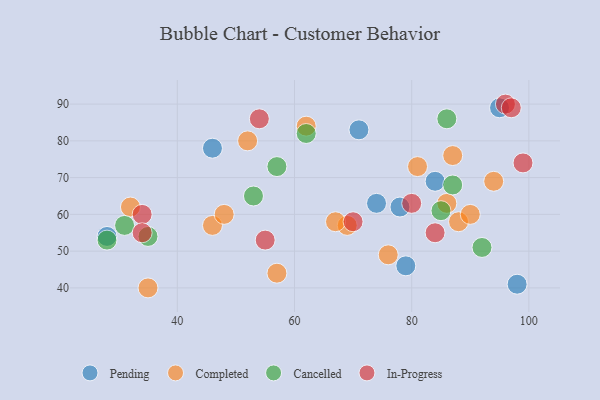
{"axis": {"x": "GDP", "y": "Life Expectancy"}, "legend": ["Cancelled", "Completed", "In-Progress", "Pending"], "data": [{"x": "28", "y": 54, "type": "Pending"}, {"x": "71", "y": 83, "type": "Pending"}, {"x": "74", "y": 63, "type": "Pending"}, {"x": "84", "y": 69, "type": "Pending"}, {"x": "78", "y": 62, "type": "Pending"}, {"x": "79", "y": 46, "type": "Pending"}, {"x": "98", "y": 41, "type": "Pending"}, {"x": "95", "y": 89, "type": "Pending"}, {"x": "46", "y": 78, "type": "Pending"}, {"x": "81", "y": 73, "type": "Completed"}, {"x": "32", "y": 62, "type": "Completed"}, {"x": "88", "y": 58, "type": "Completed"}, {"x": "87", "y": 76, "type": "Completed"}, {"x": "52", "y": 80, "type": "Completed"}, {"x": "76", "y": 49, "type": "Completed"}, {"x": "46", "y": 57, "type": "Completed"}, {"x": "69", "y": 57, "type": "Completed"}, {"x": "94", "y": 69, "type": "Completed"}, {"x": "86", "y": 63, "type": "Completed"}, {"x": "67", "y": 58, "type": "Completed"}, {"x": "90", "y": 60, "type": "Completed"}, {"x": "57", "y": 44, "type": "Completed"}, {"x": "48", "y": 60, "type": "Completed"}, {"x": "35", "y": 40, "type": "Completed"}, {"x": "62", "y": 84, "type": "Completed"}, {"x": "62", "y": 82, "type": "Cancelled"}, {"x": "53", "y": 65, "type": "Cancelled"}, {"x": "28", "y": 53, "type": "Cancelled"}, {"x": "85", "y": 61, "type": "Cancelled"}, {"x": "35", "y": 54, "type": "Cancelled"}, {"x": "87", "y": 68, "type": "Cancelled"}, {"x": "92", "y": 51, "type": "Cancelled"}, {"x": "31", "y": 57, "type": "Cancelled"}, {"x": "86", "y": 86, "type": "Cancelled"}, {"x": "57", "y": 73, "type": "Cancelled"}, {"x": "99", "y": 74, "type": "In-Progress"}, {"x": "34", "y": 60, "type": "In-Progress"}, {"x": "34", "y": 55, "type": "In-Progress"}, {"x": "84", "y": 55, "type": "In-Progress"}, {"x": "96", "y": 90, "type": "In-Progress"}, {"x": "54", "y": 86, "type": "In-Progress"}, {"x": "55", "y": 53, "type": "In-Progress"}, {"x": "97", "y": 89, "type": "In-Progress"}, {"x": "80", "y": 63, "type": "In-Progress"}, {"x": "70", "y": 58, "type": "In-Progress"}]}